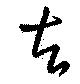
者